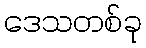
ဒေသတစ်ခု